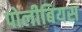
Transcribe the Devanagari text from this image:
पोलीबियस